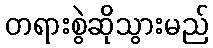
တရားစွဲဆိုသွားမည်